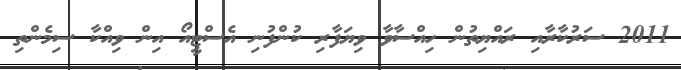
2011 ސަރުކާރާއި ރައްޔިތުން ހިއްސާވާ ވިޔަފާރި ކުންފުނި އެސްޓީއޯ އިން ވިއްކާ ސިމެންތި